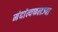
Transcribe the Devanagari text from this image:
मंदांत्यफलज्या